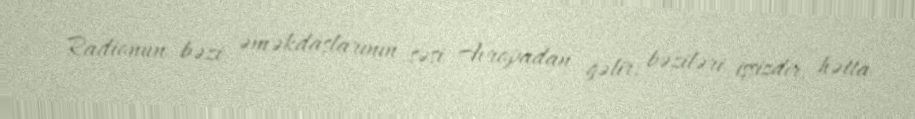
Radionun bəzi əməkdaşlarının səsi Avropadan gəlir, bəziləri işsizdir, hətta